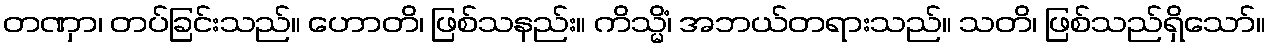
တဏှာ၊ တပ်ခြင်းသည်။ ဟောတိ၊ ဖြစ်သနည်း။ ကိသ္မိံ၊ အဘယ်တရားသည်။ သတိ၊ ဖြစ်သည်ရှိသော်။